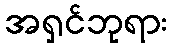
အရှင်ဘုရား